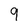
Character: q